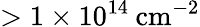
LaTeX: >1\times 10^{14}\: \mathrm{cm^{-2}}